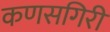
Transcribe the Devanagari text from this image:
कणसगिरी